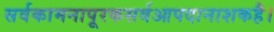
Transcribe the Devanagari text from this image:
सर्वकामनापूरकसर्वआपदानाशकहै।